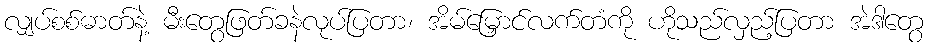
လျှပ်စစ်ဓာတ်နဲ့ မီးတွေဖြတ်ခနဲလုပ်ပြတာ၊ အိမ်မြှောင်လက်တံကို ဟိုသည်လှည့်ပြတာ အဲဒါတွေ